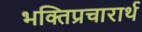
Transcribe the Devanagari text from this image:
भक्तिप्रचारार्थ